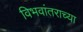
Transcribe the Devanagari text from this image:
विभवांतराच्या